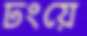
ঢংয়ে